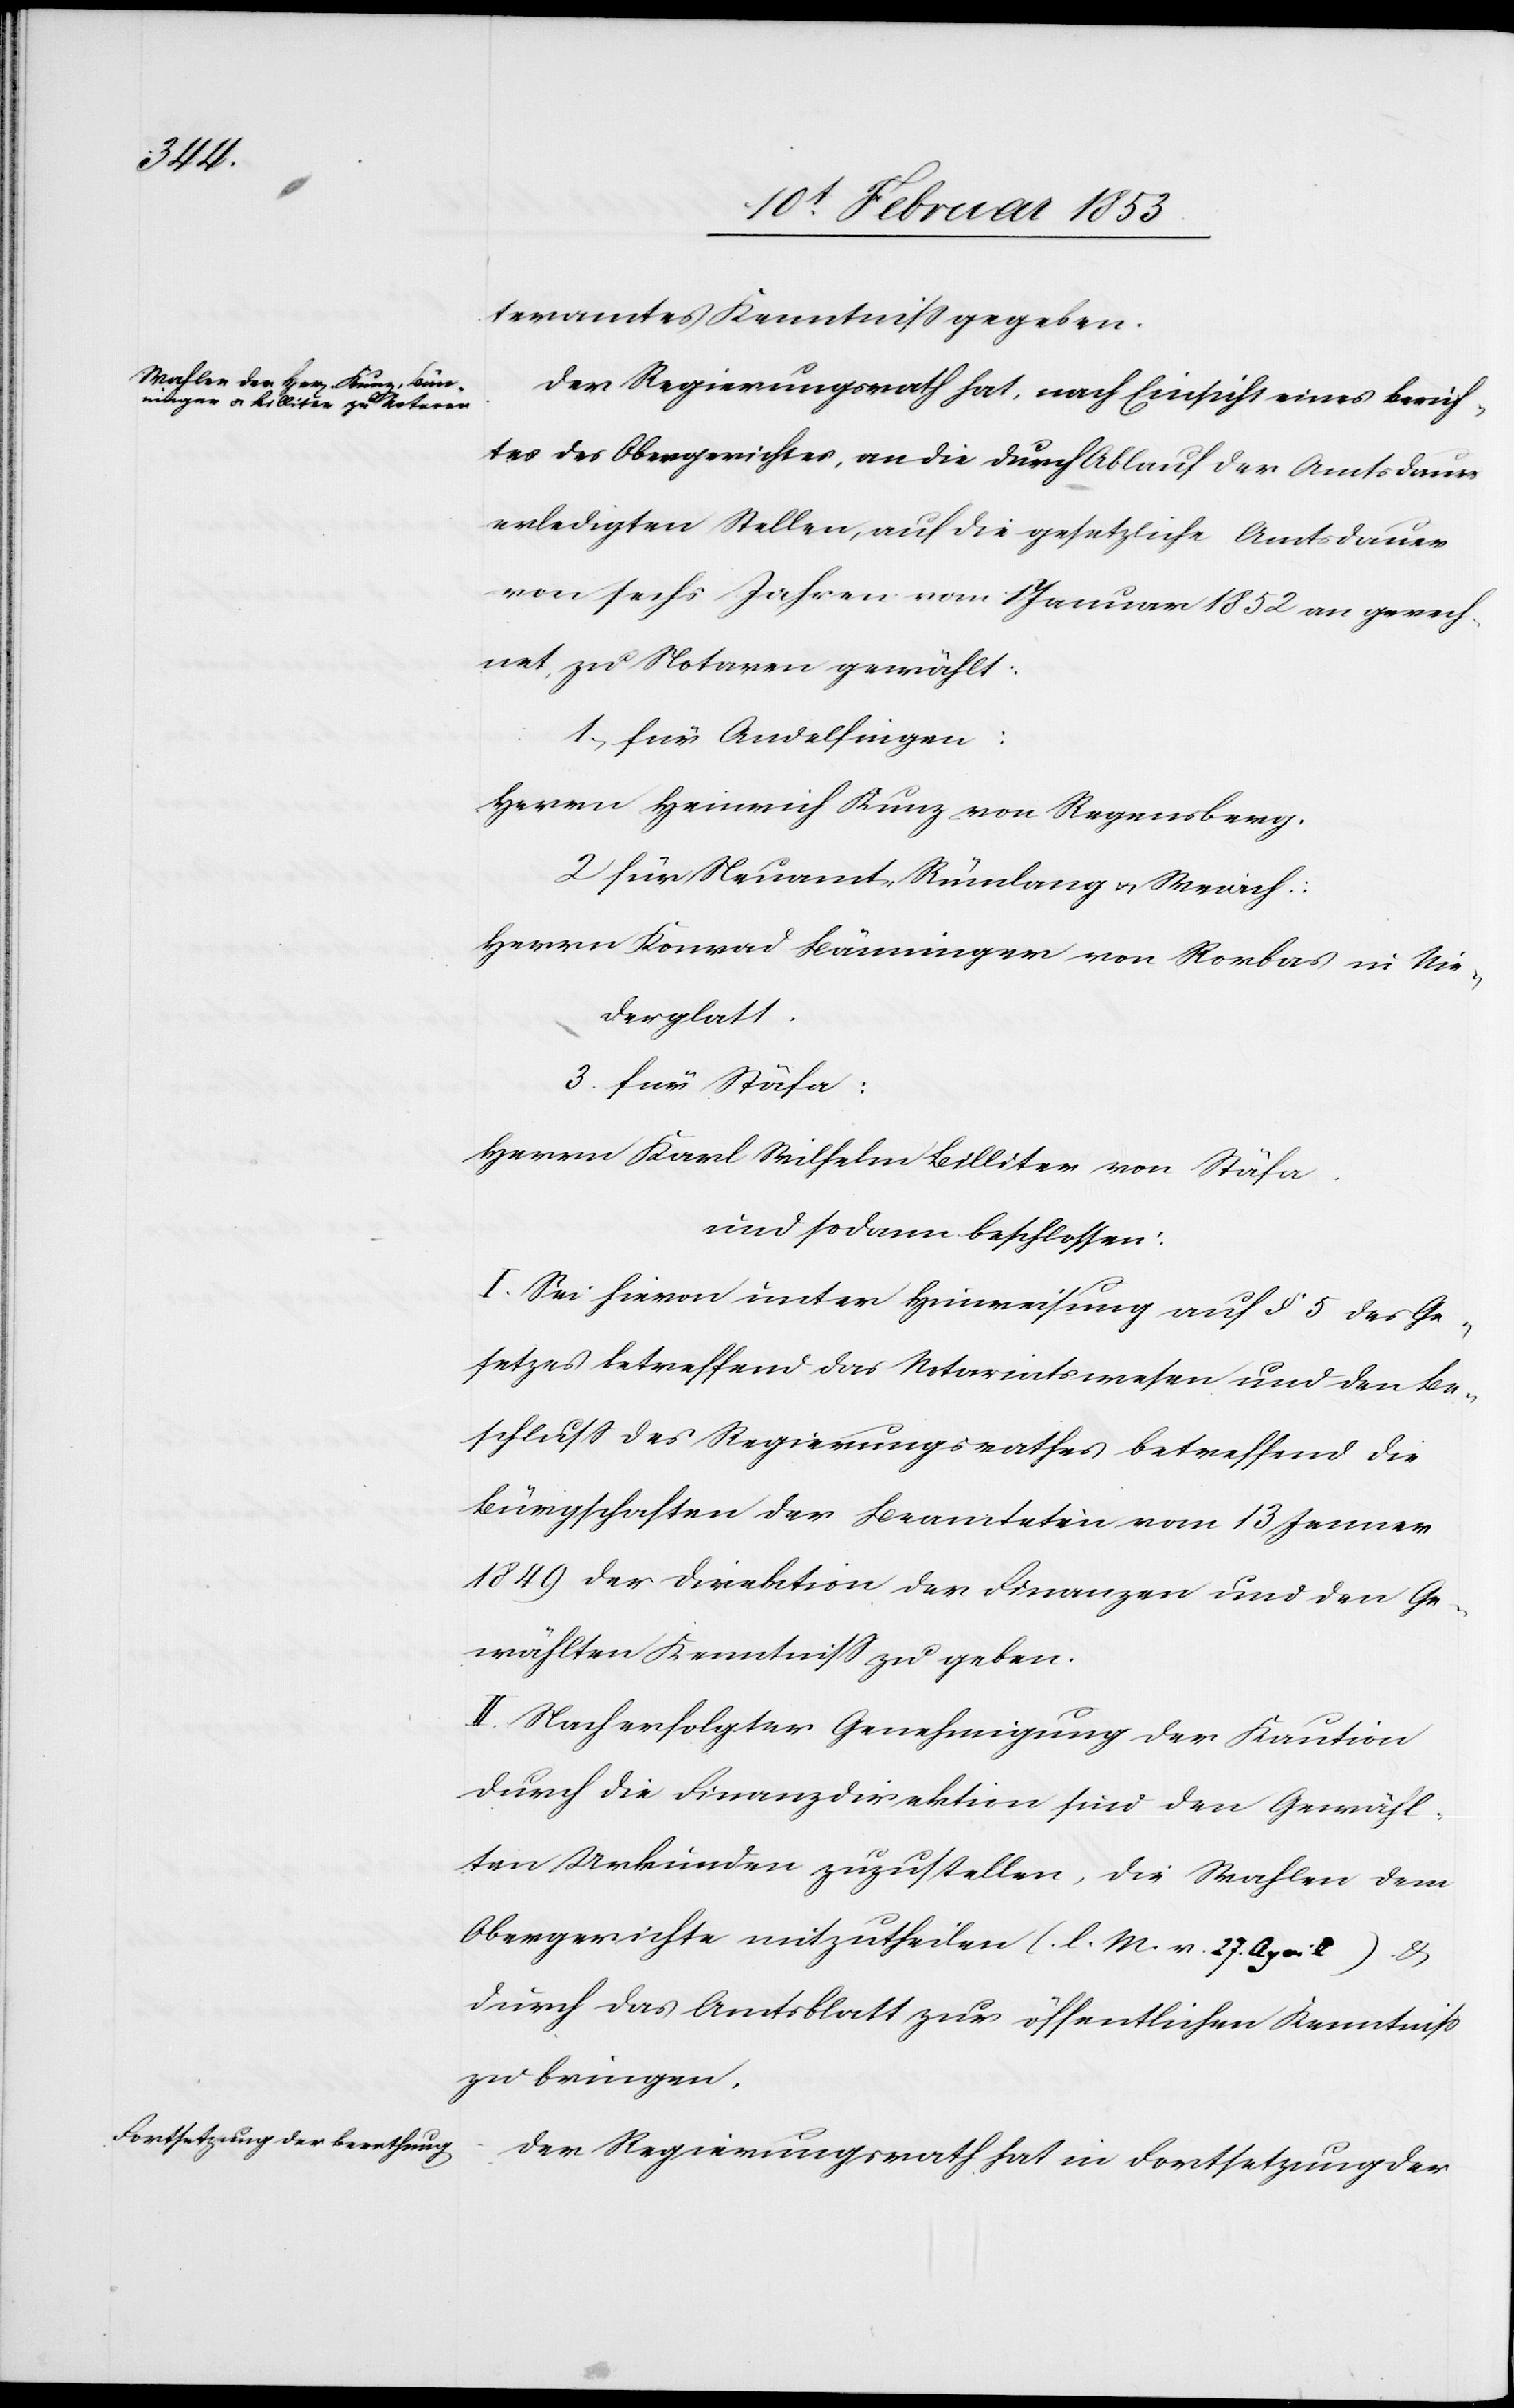
teramtes Kenntniß gegeben.
Der Regierungsrath hat, nach Einsicht eines Berich¬
tes des Obergerichtes, an die durch Ablauf der Amtsdauer
erledigten Stellen, auf die gesetzliche Amtsdauer
von sechs Jahren vom 17 Januar 1852 an gerech¬
net, zu Notaren gewählt:
1, für Andelfingen:
Herrn Heinrich Kunz von Regensberg.
2 für Neuamt, Rümlang u. Weiach:
Herrn Konrad Bänninger von Rorbas in Nie¬
derglatt.
3 für Stäfa:
Herrn Karl Wilhelm Billiter von Stäfa.
wird sodann beschlossen:
I. Sei hievon unter Hinweisung auf § 5 des Ge¬
setzes betreffend das Notariatswesen und den Be¬
schluß des Regierungsrathes betreffend B¬
ürgschaften der Beamteten vom 13 Jenner
1849. der Direktion der Finanzen und den Ge¬
wählten Kenntniß zu geben.
II. Nach erfolgter Genehmigung der Kaution
durch die Finanzdirektion sind den Gewähl¬
ten Urkunden zuzustellen, die Wahlen dem
Obergerichte mitzutheilen (l. M. v. 27. April) u.
durch das Amtsblatt zur öffentlichen Kenntniß
zu bringen.
Der Regierungsrath hat in Fortsetzung der